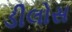
ડીલોસ